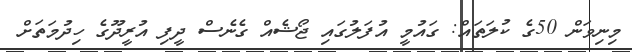
މިނިވަން 50ގެ ކުލަތައް: ގައުމީ އުފަލުގައި ޖޯޝެއް ގެނެސް ދީފި އުރީދޫގެ ހިދުމަތަށް